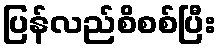
ပြန်လည်စိစစ်ပြီး